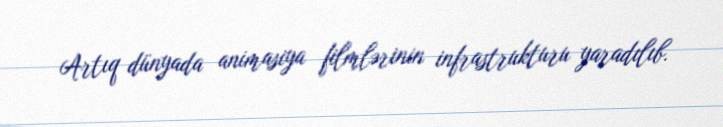
Artıq dünyada animasiya filmlərinin infrastrukturu yaradılıb.